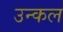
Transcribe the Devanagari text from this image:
उन्कल